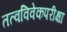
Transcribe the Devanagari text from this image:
तत्वविवेकपरीक्षा